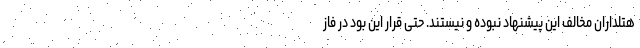
هتلداران مخالف این پیشنهاد نبوده و نیستند. حتی قرار این بود در فاز